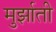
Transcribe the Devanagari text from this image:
मुर्झाती